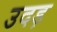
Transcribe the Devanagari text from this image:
उदड़